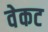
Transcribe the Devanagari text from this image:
वेकट